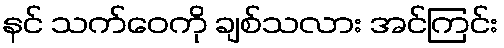
နင် သက်ဝေကို ချစ်သလား အင်ကြင်း